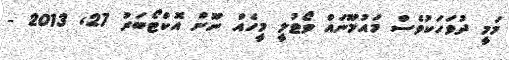
މަމީ ދުވަހަކުވެސް މައުމޫނައް ވޯޓުލީ މީހެއް ނޫން އޮކްޓޯބަރު 27